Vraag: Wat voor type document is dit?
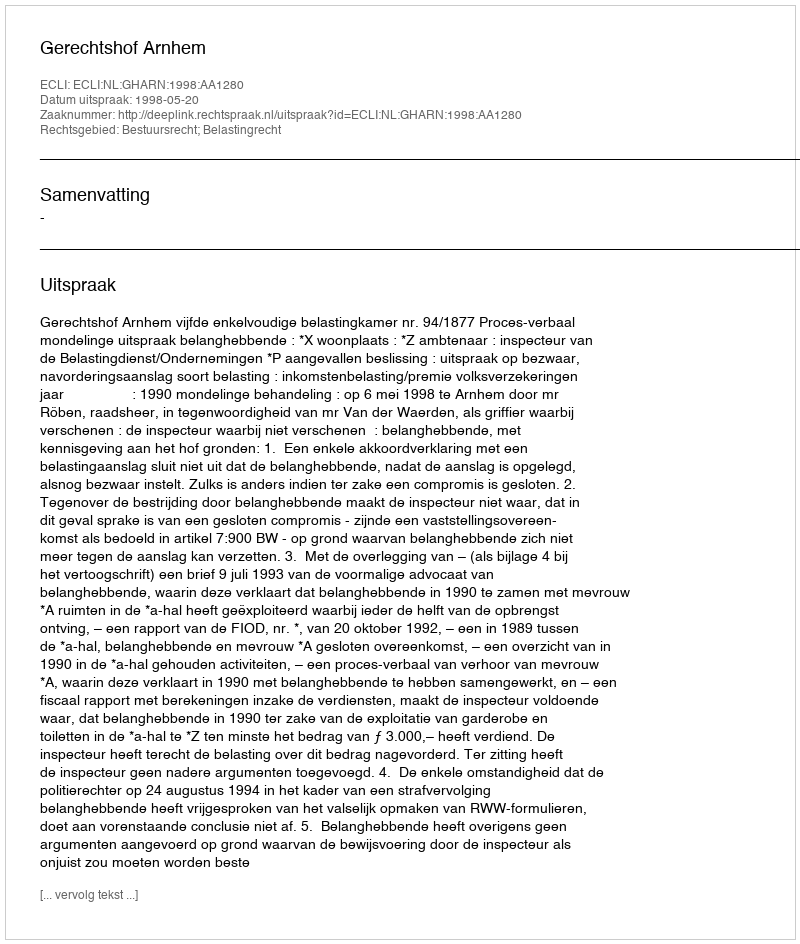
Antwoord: Uitspraak